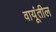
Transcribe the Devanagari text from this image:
वायूंतील